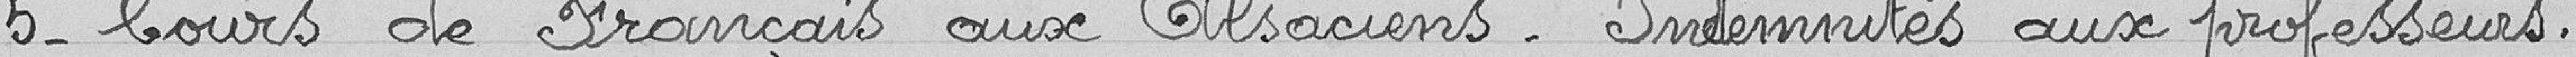
6- Cours de Français aux Alsaciens - Indemnités aux professeurs